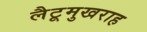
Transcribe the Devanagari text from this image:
लैटूमुखराह